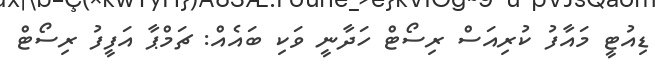
ޑިއުޓީ މައާފު ކުރިއަސް ރިސޯޓް ހަދާނީ ވަކި ބައެއް: ޗަމްޕާ އަފީފު ރިސޯޓް